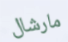
مارشال